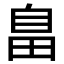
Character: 𦤏